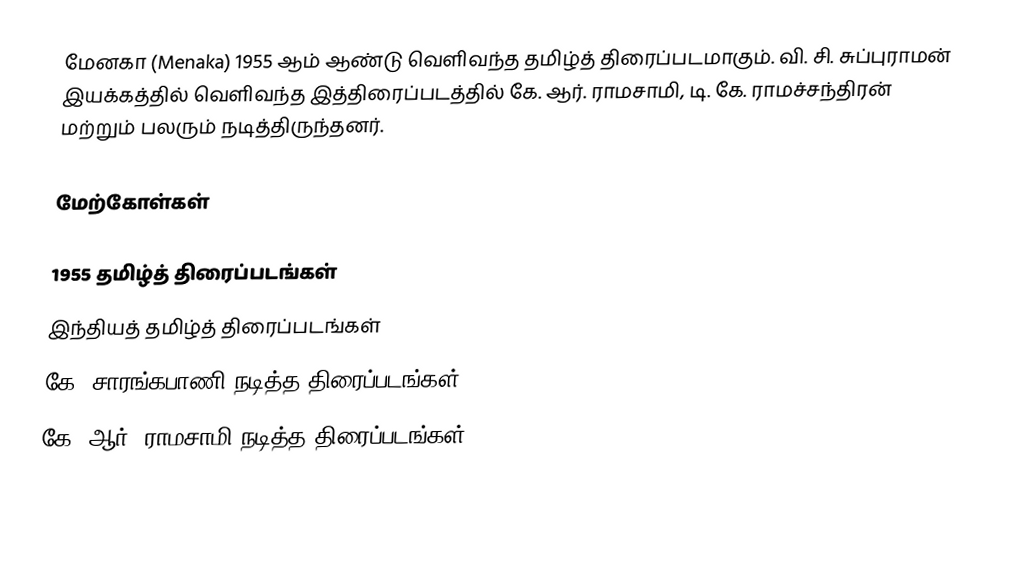
மேனகா (Menaka) 1955 ஆம் ஆண்டு வெளிவந்த தமிழ்த் திரைப்படமாகும். வி. சி. சுப்புராமன் இயக்கத்தில் வெளிவந்த இத்திரைப்படத்தில் கே. ஆர். ராமசாமி,  டி. கே. ராமச்சந்திரன் மற்றும் பலரும் நடித்திருந்தனர்.

மேற்கோள்கள்

1955 தமிழ்த் திரைப்படங்கள்
இந்தியத் தமிழ்த் திரைப்படங்கள்
கே. சாரங்கபாணி நடித்த திரைப்படங்கள்
கே. ஆர். ராமசாமி நடித்த திரைப்படங்கள்